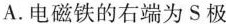
A.电磁铁的右端为S极